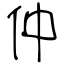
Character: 仲